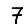
Digit: 7